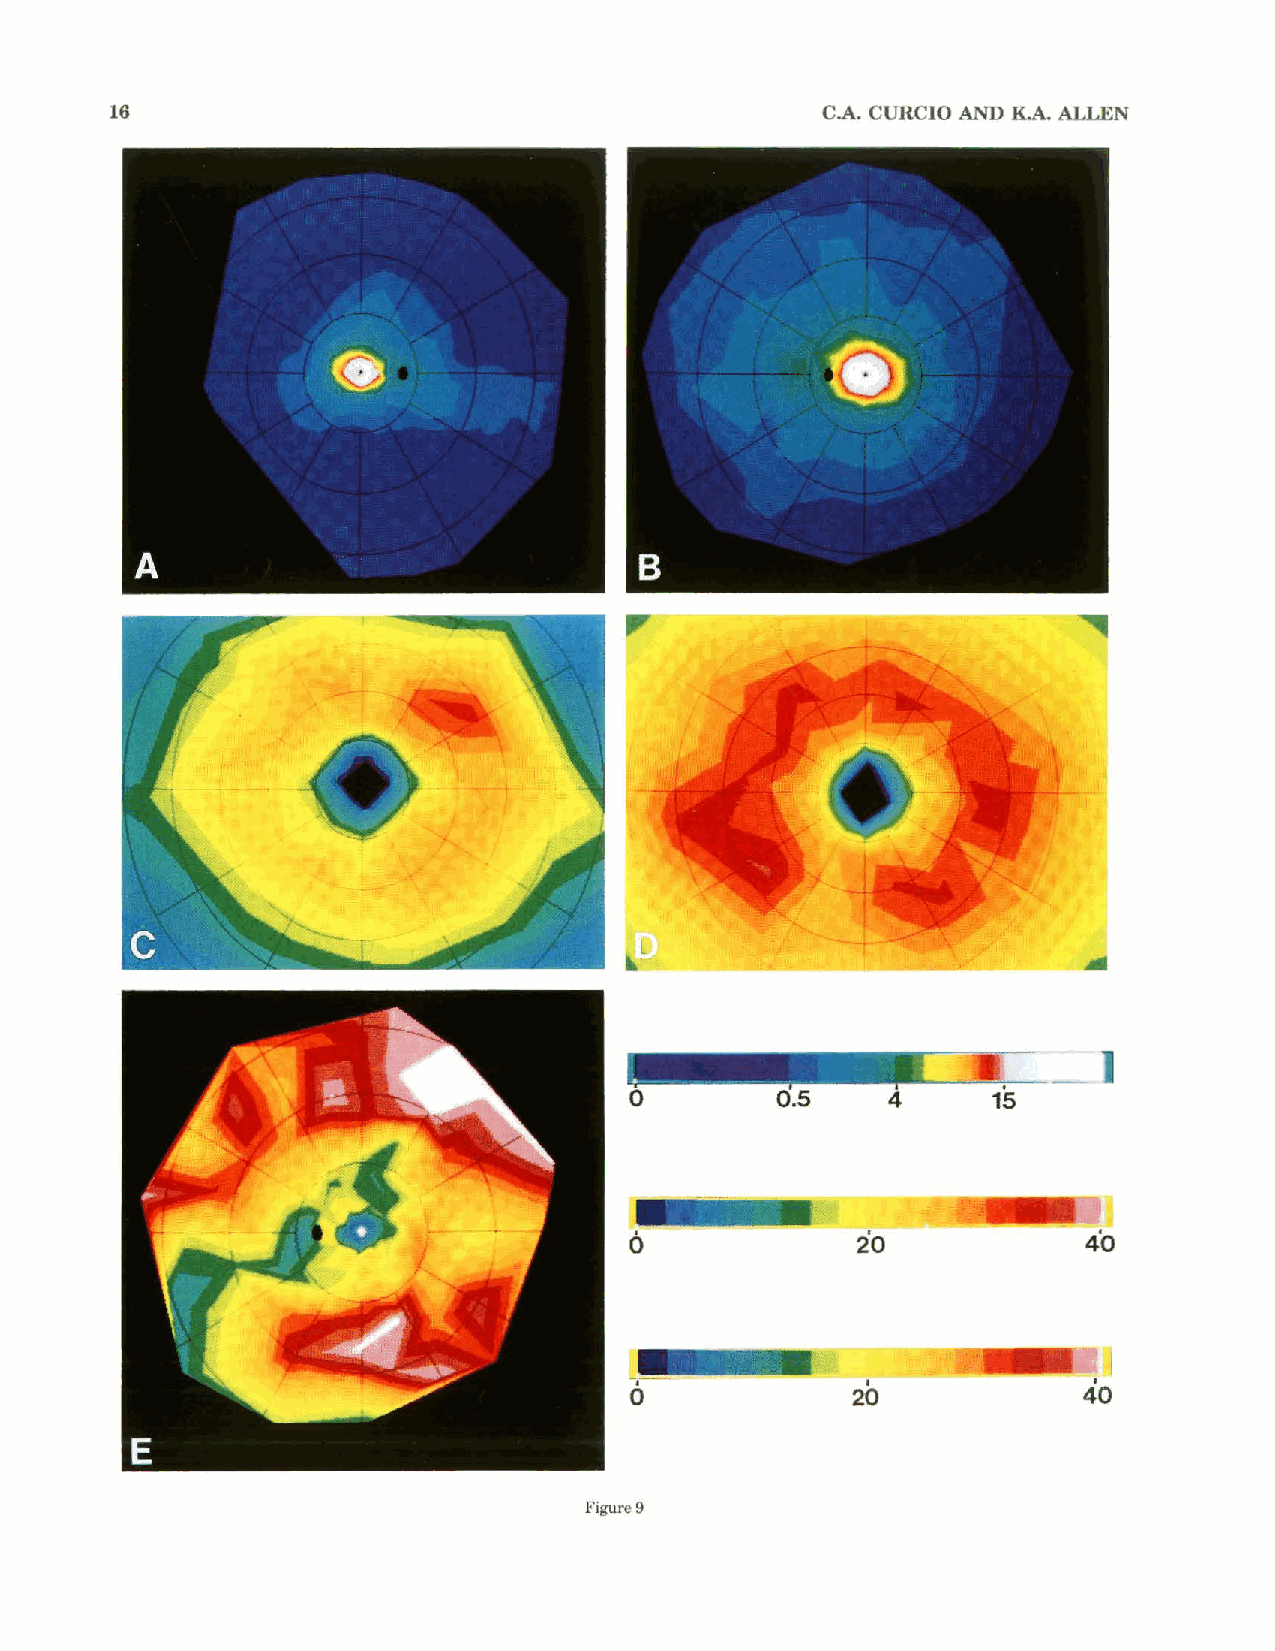
16                                              C.A. CURCIO AND K.A. ALLEN
 Figure9